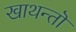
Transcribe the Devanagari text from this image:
खाथन्तॊ